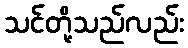
သင်တို့သည်လည်း